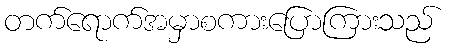
တက်ရောက်အမှာစကားပြောကြားသည်